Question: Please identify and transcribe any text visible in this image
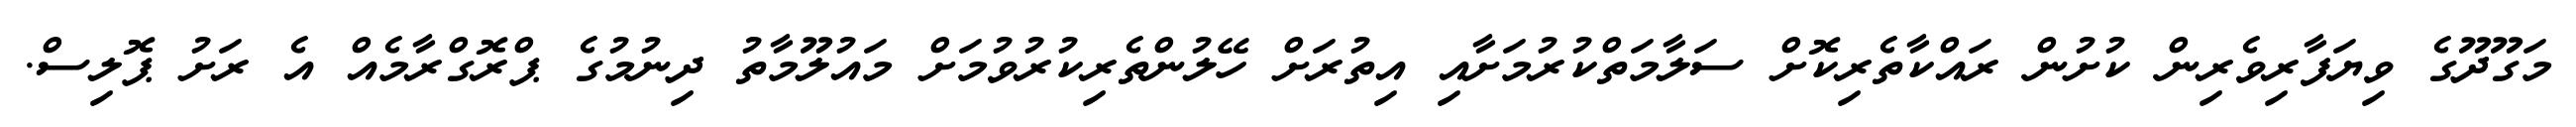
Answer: މަގޫދޫގެ ވިޔަފާރިވެރިން ކުށުން ރައްކާތެރިކޮށް ސަލާމަތްކުރުމަށާއި އިތުރަށް ހޭލުންތެރިކުރުވުމަށް މައުލޫމާތު ދިނުމުގެ ޕްރޮގްރާމެއް އެ ރަށު ޕޮލިސް.